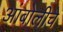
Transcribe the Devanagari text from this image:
आंबोलीचे